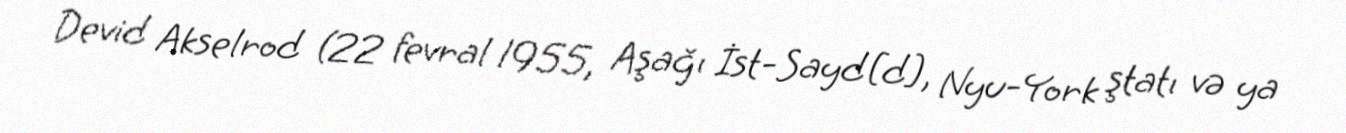
Devid Akselrod (22 fevral 1955, Aşağı İst-Sayd[d], Nyu-York ştatı və ya